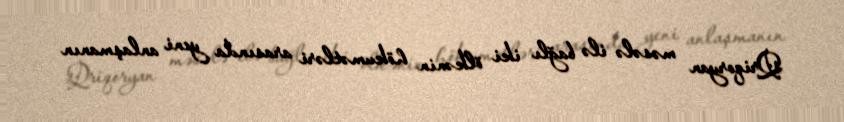
Qriqoryan məsələ ilə bağlı iki ölkənin hökumətləri arasında yeni anlaşmanın